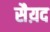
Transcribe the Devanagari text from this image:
सैय़द